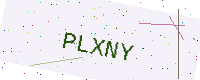
Text: PLXNY